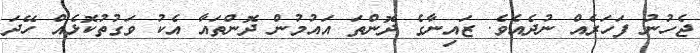
ޖެހުނު ފަހަރެއް ނުދެއެވެ. ޒައިނާގެ ދޮންތަ އައުމުން ދޮންތައާ އެކު ވަގުތުކޮޅެއް ހޭދަ